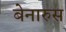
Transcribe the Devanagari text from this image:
बेनारुस